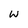
Character: w